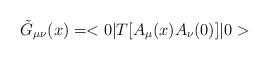
LaTeX: \begin{align*} \tilde{G}_{\mu\nu}(x)=<0|T[A_\mu(x)A_\nu(0)]|0>\end{align*}